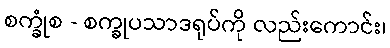
စက္ခုံစ - စက္ခုပသာဒရုပ်ကို လည်းကောင်း၊